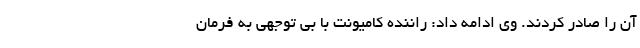
آن را صادر کردند. وی ادامه داد: راننده کامیونت با بی توجهی به فرمان